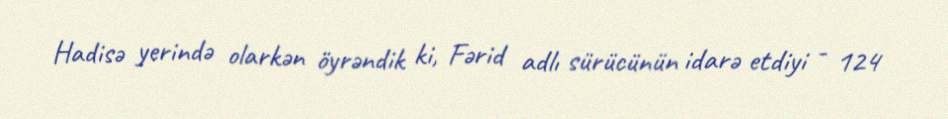
Hadisə yerində olarkən öyrəndik ki, Fərid adlı sürücünün idarə etdiyi - 124